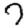
Digit: 7